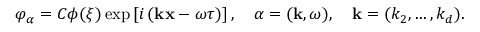
\varphi _ { \alpha } = C \phi ( \xi ) \exp \left[ i \left( { \bf k x } - \omega \tau \right) \right] , \quad \alpha = ( { \bf k } , \omega ) , \quad { \mathbf { k } } = ( k _ { 2 } , \ldots , k _ { d } ) .